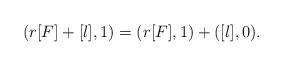
LaTeX: \begin{align*}(r[F]+[l], 1)=(r[F], 1)+([l], 0). \end{align*}